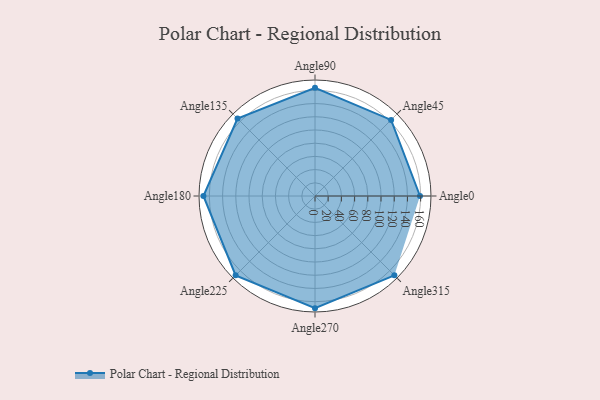
{"axis": {"x": "Angle", "y": "Radius"}, "legend": [""], "data": [{"x": "Angle0", "y": 159.0, "type": ""}, {"x": "Angle45", "y": 163.0, "type": ""}, {"x": "Angle90", "y": 164.0, "type": ""}, {"x": "Angle135", "y": 166.0, "type": ""}, {"x": "Angle180", "y": 169.0, "type": ""}, {"x": "Angle225", "y": 170, "type": ""}, {"x": "Angle270", "y": 170, "type": ""}, {"x": "Angle315", "y": 170, "type": ""}]}